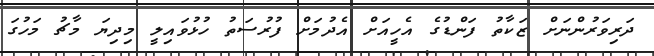
ދަރިވަރުންނަށް ޒަކާތު ފަންޑުގެ އެހީއަށް އެދުމަށް ފުރުސަތު ހުޅުވައިލީ މިދިޔަ މާޗު މަހުގަ